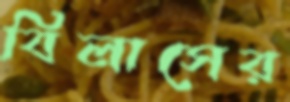
বিলাসের